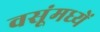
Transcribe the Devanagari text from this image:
वसूंमध्यें